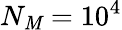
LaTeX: N_{\mathit{M}}=10^{4}